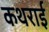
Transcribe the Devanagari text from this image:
कथराई